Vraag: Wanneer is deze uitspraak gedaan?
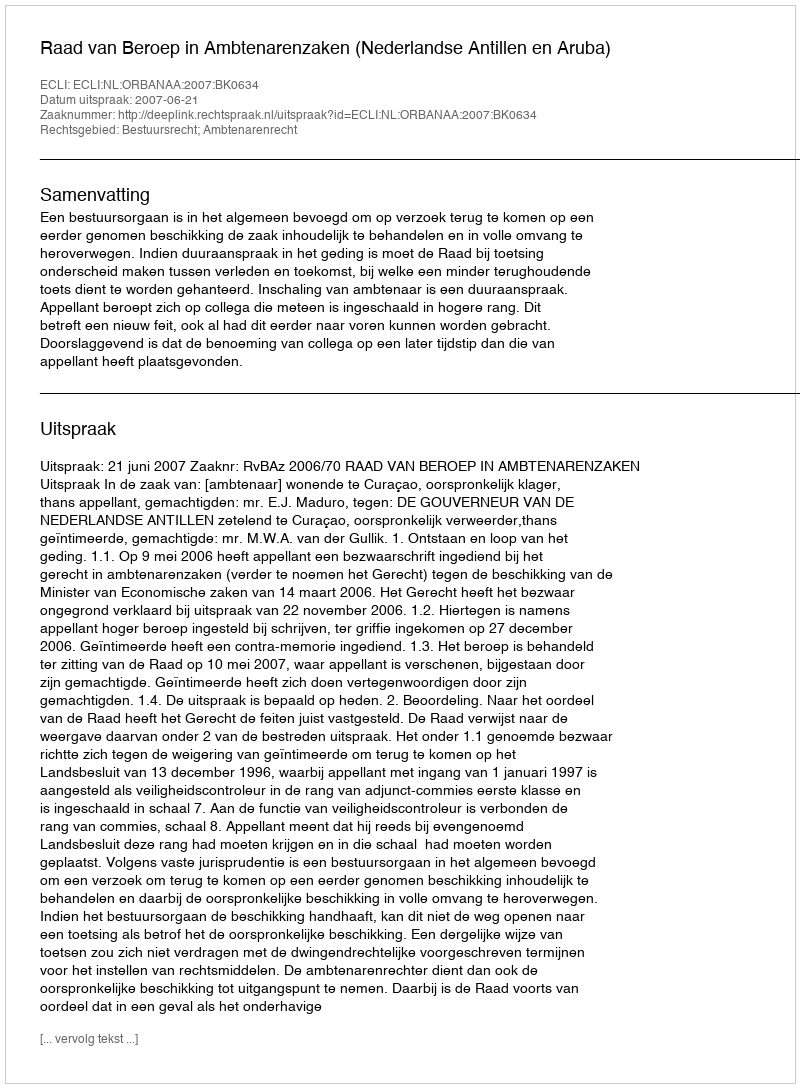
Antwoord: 2007-06-21